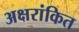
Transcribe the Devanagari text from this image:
अक्षरांकित